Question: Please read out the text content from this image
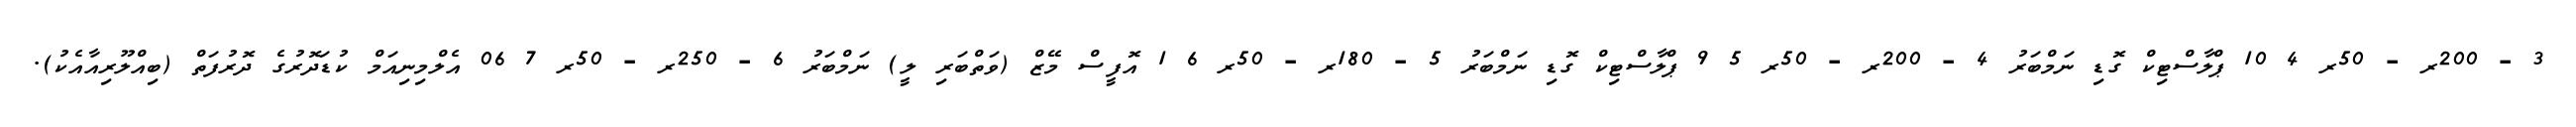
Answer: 3 - 200ރ - 50ރ 4 10 ޕްލާސްޓިކް ގޮޑި ނަމްބަރު 4 - 200ރ - 50ރ 5 9 ޕްލާސްޓިކް ގޮޑި ނަމްބަރު 5 - 180ރ - 50ރ 6 1 އޮފީސް މޭޒް (ވަތްބަރި ލީ) ނަމްބަރު 6 - 250ރ - 50ރ 7 06 އެލްމިނިއަމް ކުޑަދޮރުގެ ދޮރުފަތް (ބިއްލޫރިއާއެކު).